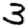
Digit: 3